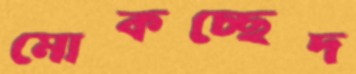
মোকচ্ছেদ